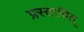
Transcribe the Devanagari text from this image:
प्रस्तावित्